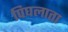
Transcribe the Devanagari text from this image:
पिघलाता